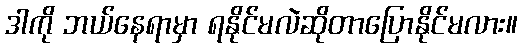
ဒါကို ဘယ်နေရာမှာ ရနိုင်မလဲဆိုတာပြောနိုင်မလား။